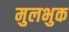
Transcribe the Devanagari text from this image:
मुलभुक